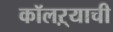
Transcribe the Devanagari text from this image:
कॉलऱ्याची